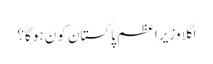
اگلا وزیر اعظم پاکستان کون ہو گا؟